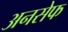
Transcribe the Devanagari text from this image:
अनसेफ